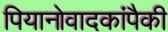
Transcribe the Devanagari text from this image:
पियानोवादकांपैकी